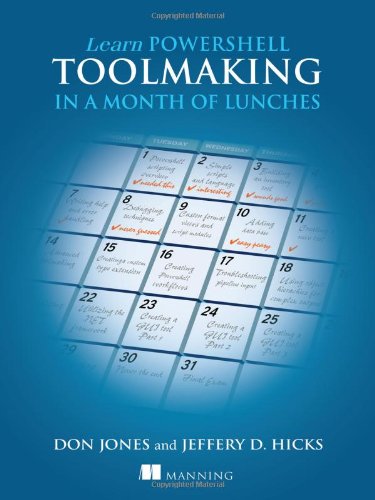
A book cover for Learn PowerShell Toolmaking in a Month of Lunches; Don Jones; Computers & Technology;